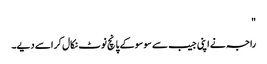
"
راجہ نے اپنی جیب سے سو سو کے پانچ نوٹ نکال کر اسے دیے۔